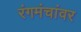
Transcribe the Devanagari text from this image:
रंगमंचांवर